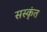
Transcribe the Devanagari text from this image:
सस्कृंत